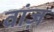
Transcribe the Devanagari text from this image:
वांज़